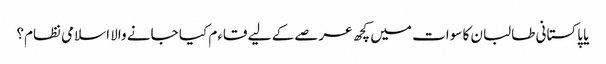
یا پاکستانی طالبان کا سوات میں کچھ عرصے کے لیے قاءم کیا جانے والا اسلامی نظام؟